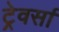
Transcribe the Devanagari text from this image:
ट्रेवर्सा